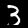
Label: 3